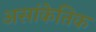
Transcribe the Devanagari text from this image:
असांकेतिक